Civil Veterinary Department. Madras. Admin. report 1910-25 - 1910-1925
Year: 1910
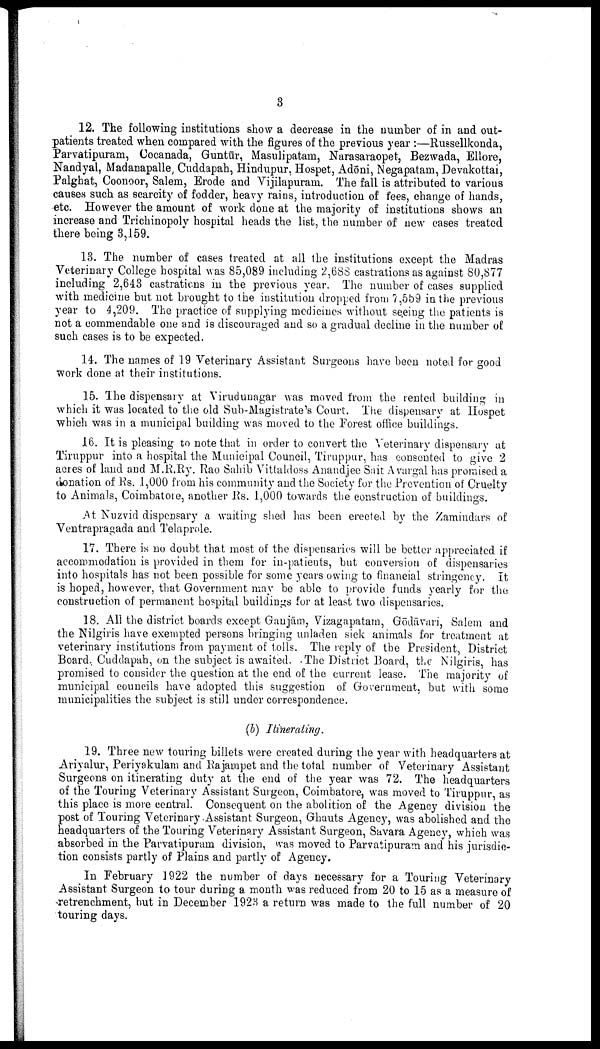
3
12. The following institutions show a decrease in the number of in and out
patients treated when compared with the figures of the previous year:—Russellkonda,
Parvatipuram, Cocanada, Guntūr, Masulipatam, Narasaraopet, Bezwada, Ellore,
Nandyal, Madanapalle, Cuddapah, Hindupur, Hospet, Adōni, Negapatam, Devakottai,
Palghat, Coonoor, Salem, Erode and Vijilapuram. The fall is attributed to various
causes such as scarcity of fodder, heavy rains, introduction of fees, change of hands,
etc. However the amount of work done at the majority of institutions shows an
increase and Trichinopoly hospital heads the list, the number of new eases treated
there being 3,159.
13. The number of cases treated at all the institutions except the Madras
Veterinary College hospital was 85,089 including 2,688 castrations as against 80,877
including 2,643 castrations in the previous year. The number of cases supplied
with medicine but not brought to the institution dropped from 7,559 in the previous
year to 4,209. The practice of supplying medicines without seeing the patients is
not a commendable one and is discouraged and so a gradual decline in the number of
such cases is to be expected.
14. The names of 19 Veterinary Assistant Surgeons have been noted for good
work done at their institutions.
15. The dispensary at Virudunagar was moved from the rented building in
which it was located to the old Sub-Magistrate's Court. The dispensary at Hospet
which was in a municipal building was moved to the Forest office buildings.
16. It is pleasing to note that in order to convert the Veterinary dispensary at
Tiruppur into a hospital the Municipal Council, Tiruppur, has consented to give 2
acres of land and M.R.Ry. Rao Sahib Vittaldoss Anandjee Sait Avargal has promised a
donation of Rs. 1,000 from his community and the Society for the Prevention of Cruelty
to Animals, Coimbatore, another Rs. 1,000 towards the construction of buildings.
At Nuzvid dispensary a waiting shed has been erected by the Zamindars of
Ventrapragada and Telaprole.
17. There is no doubt that most of the dispensaries will be better appreciated if
accommodation is provided in them for in-patients, but conversion of dispensaries
into hospitals has not been possible for some years owing to financial stringency. It
is hoped, however, that Government may be able to provide funds yearly for the
construction of permanent hospital buildings for at least two dispensaries.
18. All the district boards except Ganjām, Vizagapatam, Gōdāvari, Salem and
the Nilgiris have exempted persons bringing unladen sick animals for treatment at
veterinary institutions from payment of tolls. The reply of the President, District
Board, Cuddapah, on the subject is awaited. The District Board, the Nilgiris, has
promised to consider the question at the end of the current lease. The majority of
municipal councils have adopted this suggestion of Government, but with some
municipalities the subject is still under correspondence.
(b) Itinerating.
19. Three new touring billets were created during the year with headquarters at
Ariyalur, Periyakulam and Rajampet and the total number of Veterinary Assistant
Surgeons on itinerating duty at the end of the year was 72. The headquarters
of the Touring Veterinary Assistant Surgeon, Coimbatore, was moved to Tiruppur, as
this place is more central. Consequent on the abolition of the Agency division the
post of Touring Veterinary Assistant Surgeon, Ghauts Agency, was abolished and the
headquarters of the Touring Veterinary Assistant Surgeon, Savara Agency, which was
absorbed in the Parvatipuram division, was moved to Parvatipuram and his jurisdic
tion consists partly of Plains and partly of Agency.
In February 1922 the number of days necessary for a Touring Veterinary
Assistant Surgeon to tour during a month was reduced from 20 to 15 as a measure of
retrenchment, but in December 1923 a return was made to the full number of 20
touring days.